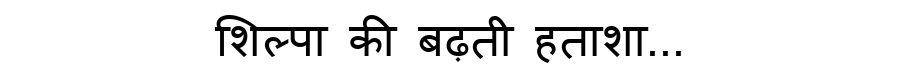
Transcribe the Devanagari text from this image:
शिल्पा की बढ़ती हताशा...